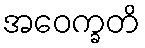
အဝေက္ခတိ